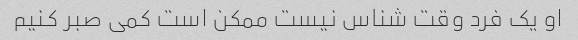
او یک فرد وقت شناس نیست ممکن است کمی صبر کنیم